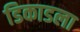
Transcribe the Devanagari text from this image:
डिकाडला